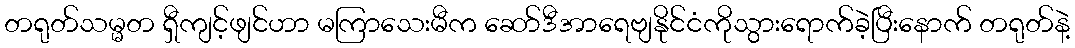
တရုတ်သမ္မတ ရှီကျင့်ဖျင်ဟာ မကြာသေးမီက ဆော်ဒီအာရေဗျနိုင်ငံကိုသွားရောက်ခဲ့ပြီးနောက် တရုတ်နဲ့